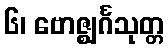
၆၊ ဗောဇ္ဈင်္ဂသုတ္တ